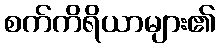
စက်ကိရိယာများ၏